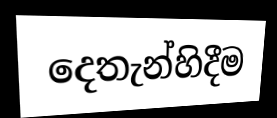
දෙතැන්හිදීම